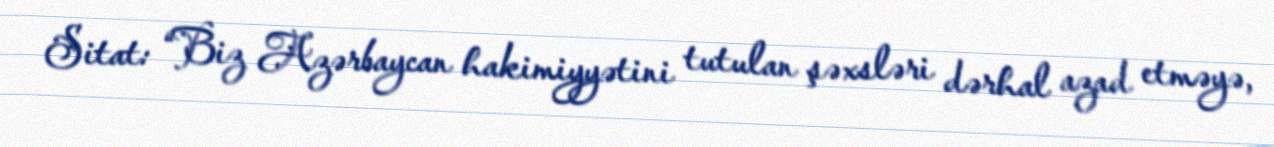
Sitat: “Biz Azərbaycan hakimiyyətini tutulan şəxsləri dərhal azad etməyə,